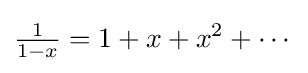
{\tfrac {1}{1-x}}=1+x+x^{2}+\cdots